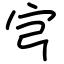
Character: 宆